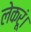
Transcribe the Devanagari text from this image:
लेकरूं।